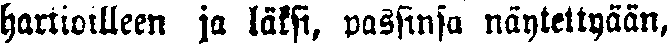
haltioilleen ja läksi, passinsa näytettyään,